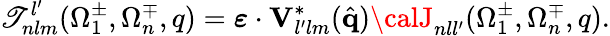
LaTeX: {\cal\mathscr{T}}_{nlm}^{l^{\prime}}(\Omega_{1}^{\pm},\Omega_{n}^{\mp},q)=\boldsymbol{\varepsilon}\cdot\mathbf{{V}}_{l^{\prime}lm}^{*}(\hat{{\mathbf{{q}}}}){\calJ}_{nll^{\prime}}(\Omega_{1}^{\pm},\Omega_{n}^{\mp},q).